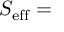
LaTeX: S _ { \mathrm { \scriptsize { e f f } } } =